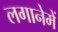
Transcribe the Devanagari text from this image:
लगानेमें